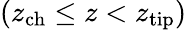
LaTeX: (z_{\mathrm{ch}}\leq z<z_{\mathrm{tip}})